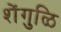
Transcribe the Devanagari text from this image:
शेंगुळि